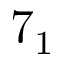
7 _ { 1 }